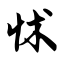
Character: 怵